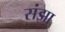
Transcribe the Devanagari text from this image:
संझा